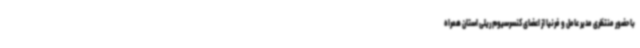
با حضور منتظری مدیر عامل و فرنیا از اعضای کنسرسیوم ریلی استان همراه